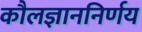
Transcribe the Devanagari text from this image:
कौलज्ञाननिर्णय